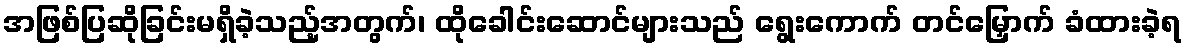
အဖြစ်ပြဆိုခြင်းမရှိခဲ့သည့်အတွက်၊ ထိုခေါင်းဆောင်များသည် ရွေးကောက် တင်မြှောက် ခံထားခဲ့ရ